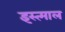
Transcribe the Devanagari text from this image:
इस्त्माल